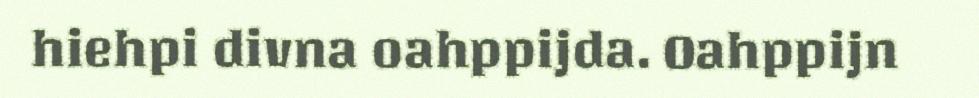
hiehpi divna oahppijda. Oahppijn